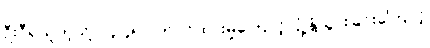
ဦးဝီရသူကဲ့သို့ ၁၄:၄၅ ပိတ်ပင်ထားမှုကြောင့် ပျံ့နှံ့သွားခြင်းကြောင့်